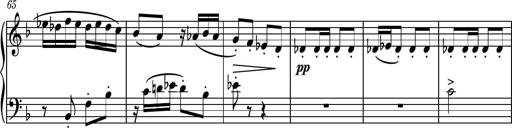
Title: Piano Sonatina II
Composer: Dimitri Sykias
Key: F major